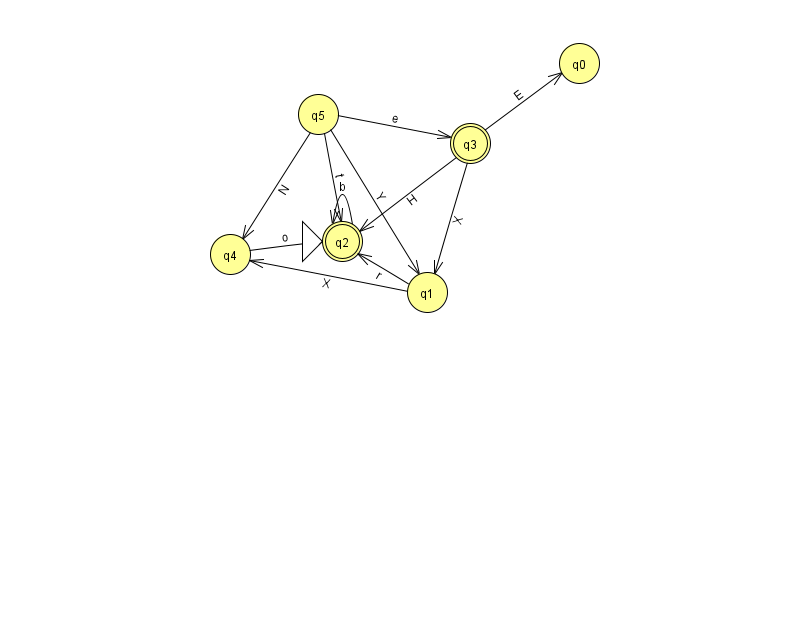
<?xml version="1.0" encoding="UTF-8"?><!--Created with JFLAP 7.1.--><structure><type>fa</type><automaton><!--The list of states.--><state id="0" name="q0"><x>579.0</x><y>50.0</y></state><state id="1" name="q1"><x>427.0</x><y>279.0</y></state><state id="2" name="q2"><x>342.0</x><y>228.0</y><initial/><final/></state><state id="3" name="q3"><x>470.0</x><y>130.0</y><final/></state><state id="4" name="q4"><x>230.0</x><y>241.0</y></state><state id="5" name="q5"><x>318.0</x><y>101.0</y></state><!--The list of transitions.--><transition><from>1</from><to>4</to><read>X</read></transition><transition><from>2</from><to>2</to><read>b</read></transition><transition><from>3</from><to>0</to><read>E</read></transition><transition><from>5</from><to>4</to><read>N</read></transition><transition><from>3</from><to>1</to><read>X</read></transition><transition><from>5</from><to>3</to><read>e</read></transition><transition><from>3</from><to>2</to><read>H</read></transition><transition><from>4</from><to>2</to><read>o</read></transition><transition><from>5</from><to>1</to><read>Y</read></transition><transition><from>5</from><to>2</to><read>t</read></transition><transition><from>1</from><to>2</to><read>r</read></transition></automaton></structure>